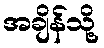
အချိန်သို့